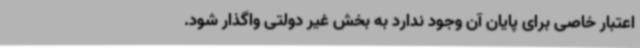
اعتبار خاصی برای پایان آن وجود ندارد به بخش غیر دولتی واگذار شود.